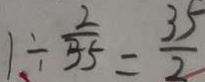
1 \div \frac { 2 } { 3 5 } = \frac { 3 5 } { 2 }